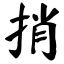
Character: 捎